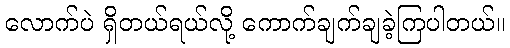
လောက်ပဲ ရှိတယ်ရယ်လို့ ကောက်ချက်ချခဲ့ကြပါတယ်။